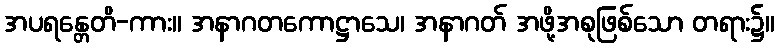
အပရန္တေတိ-ကား။ အနာဂတကောဋ္ဌာသေ၊ အနာဂတ် အဖို့အစုဖြစ်သော တရား၌။